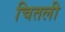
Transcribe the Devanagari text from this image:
चितली